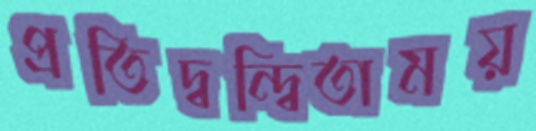
প্রতিদ্বন্দ্বিতাময়